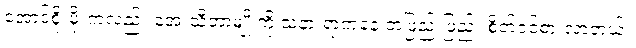
အောင်စိုးမိုးကလည်း အေးသီတာမျိုးကို သနားရာကနေ တဖြည်းဖြည်း စိတ်ဝင်စားလာတယ်။